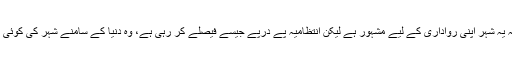
اس فیصلے کے ناقدین کا کہنا ہے کہ یہ شہر اپنی رواداری کے لیے مشہور ہے لیکن انتظامیہ پَے درپے جیسے فیصلے کر رہی ہے، وہ دنیا کے سامنے شہر کی کوئی اور ہی تصویر پیش کرنے لگے ہیں۔